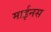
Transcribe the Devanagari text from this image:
माईनस